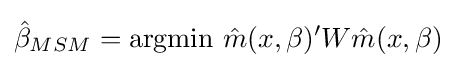
{\hat {\beta }}_{MSM}=\operatorname {argmin} \,{\hat {m}}(x,\beta )'W{\hat {m}}(x,\beta )